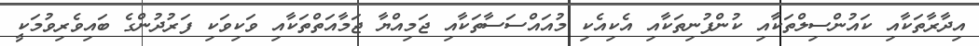
އިދާރާތަކާއި ކައުންސިލްތަކާއި ކުންފުނިތަކާއި އެކިއެކި މުއައްސަސާތަކާއި ޖަމިއްޔާ ޖަމާއަތްތަކާއި ވަކިވަކި ފަރުދުންގެ ބައިވެރިވުމަކީ